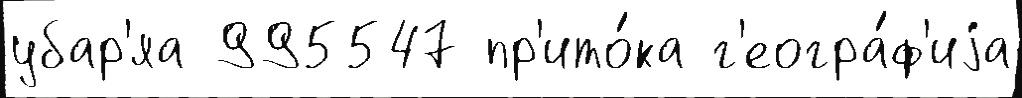
убар'яа 995547 пр'ито́ка г'еогра́ф'иjа